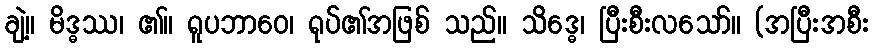
ချဲ့။ မိဒ္ဓဿ၊ ၏။ ရူပဘာဝေ၊ ရုပ်၏အဖြစ် သည်။ သိဒ္ဓေ၊ ပြီးစီးလသော်။ (အပြီးအစီး